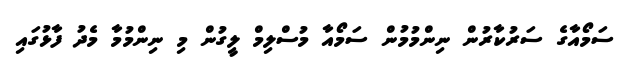
ސަމޯއާގެ ސަރުކާރުން ނިންމުމުން ސަމޯއާ މުސްލިމް ލީގުން މި ނިންމުމާ މެދު ފާޅުގައި